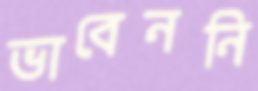
ভাবেননি